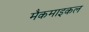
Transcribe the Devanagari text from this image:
मैकमाइकल